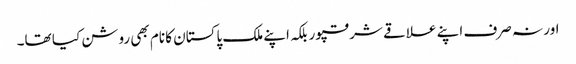
اور نہ صرف اپنے علاقے شرقپور بلکہ اپنے ملک پاکستان کا نام بھی روشن کیا تھا۔